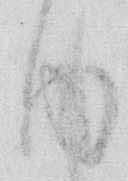
内